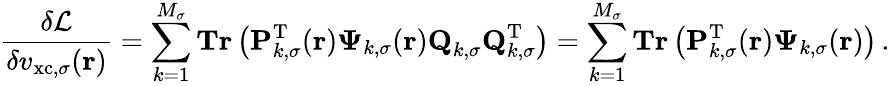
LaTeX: \frac{\delta\mathcal{L}}{\delta v_{\mathrm{xc},\sigma}(\boldsymbol{\textbf{r}})}=\sum_{k=1}^{M_{\sigma}}\textbf{Tr}\left(\mathbf{P}_{k,\sigma}^{\mathrm{T}}(\boldsymbol{\textbf{r}})\boldsymbol{\Psi}_{k,\sigma}(\boldsymbol{\textbf{r}})\textbf{Q}_{k,\sigma}\textbf{Q}_{k,\sigma}^{\mathrm{T}}\right)=\sum_{k=1}^{M_{\sigma}}\textbf{Tr}\left(\mathbf{P}_{k,\sigma}^{\mathrm{T}}(\boldsymbol{\textbf{r}})\boldsymbol{\Psi}_{k,\sigma}(\boldsymbol{\textbf{r}})\right)\, .